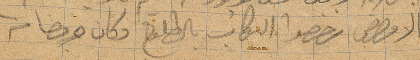
الا... رخصوا الركاب بالطلوع وكان وصلنا من